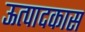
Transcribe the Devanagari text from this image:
ऊत्पादकास